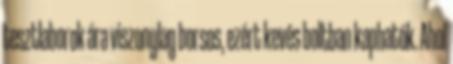
tesztlaborok ára viszonylag borsos, ezért kevés boltban kaphatók. Ahol